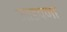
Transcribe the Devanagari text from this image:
जाडपणा